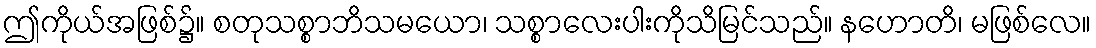
ဤကိုယ်အဖြစ်၌။ စတုသစ္စာဘိသမယော၊ သစ္စာလေးပါးကိုသိမြင်သည်။ နဟောတိ၊ မဖြစ်လေ။